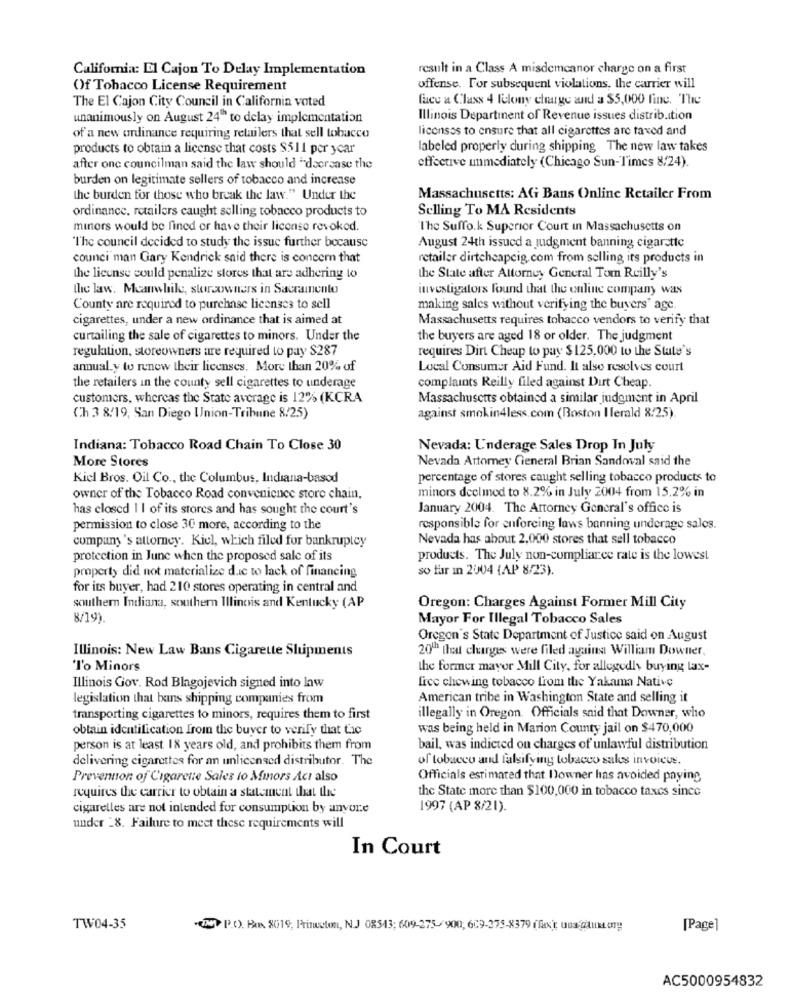
California: El Cajon To Delay Implementation
result in a Class A misdemeanor charge on a first
Of Tobacco License Requirement
offense. For subsequent violations, the carrier will
face a Class 4 felony charge and a $5,000 fine. The
The El Cajon City Council in California voted
unanimously on August 24 to delay implementation
Illinois Departinent of Revenue issues distrib.Ition
licenses to ensure that all cigarettes are taxed and
of a new ordinance requiring retailers that sell tobacco
products to obtain a license that costs $511 per year
labeled properly during shipping The new law takes
after one councilman said the law should "decrease the
effective unmediately (Chicago Sun-Times 8/24).
burden on legitimate sellers of tobacco and increase
the burden for those who break the law." Under the
Massachusetts: AG Bans Online Retailer From
ordinance, retailers caught selling tobacco products to
Selling To MA Residents
minors would be fined or have their license revoked.
The Suffo.k Superior Court in Massachusetts on
"The council decided to study the issue further because
August 24th issued a judgment banning cigarette
counci man Gary Kendrick said there is concern that
retailer dirtcheapcig.com from selling its products in
the license would penalize stores that are adhering to
the State after Attorney General Tom Reilly's
the law. Meanwhile, storeowners in Sacramento
investigators found that the online company was
County are required to purchase licenses to sell
making sales without verifying the buyers' age.
cigarettes, under a new ordinance that is aimed at
Massachusetts requires tobacco vendors to verify that
curtailing the sale of cigarettes to minors. Under the
the buyers are aged 18 or older. The judgment
regulation, storeowners are required to pay $287
requires Dirt Cheap to pay $ 125,000 to the State's
annual y to renew their licenses. More than 20% of
Local Consumer Aid Fund. It also resolves court
the retailers in the county sell cigarettes to underage
complaints Reilly filed against Dirt Cheap.
customers, whereas the State average is 12% (KCRA
Massachusetts obtained a similar judgment in April
Ch 3 8/19, San Diego Union-Tribune 8/25)
against smokin4less.com (Boston Herald 8/25)
Indiana: Tobacco Road Chain To Close 30
Nevada: Underage Sales Drop In July
More Stores
Nevada Attorney General Brian Sandoval said the
Kiel Bros. Oil Co ., the Columbus, Indiana-basod
percentage of stores caught selling tobacco products to
minors declined to 8.2% in July 2004 from 15.2% in
owner of the Tobacco Road convenience store chain,
has closed 1 | of its stores and has sought the court's
January 2004. The Attorney General's office is
permission to close 30 more, according to the
responsible for enforcing laws banning underage sales.
company's attorney. Kiel, which filed for bankruptcy
Nevada has about 2,000 stores that sell tobacco
protection in June when the proposed sale of its
products. The July non-compliance rate is the lowest
property did not materialize due to lack of financing
so far In 2004 (AP 8/23).
for its buyer, had 210 stores operating in central and
southern Indiana, southern Illinois and Kentucky (AP
Oregon: Charges Against Former Mill City
8/19)
Mayor For Illegal Tobacco Sales
Oregon's State Department of Justice said on August
20th that changes were filed against William Downer,
Illinois: New Law Bans Cigarette Shipments
l'o Minors
the former mayor Mill City, for allegedly buying lax-
fice chewing tobacco from the Yakama Native
Illinois Gov. Rod Blagojevich signed into law
legislation that bans shipping companies from
American tribe in Washington State and selling it
transporting cigarettes to minors, requires them to first
illegally in Oregon. Officials said that Downer, who
obtain identification Irom the buyer to verify that fic
was being held in Marion County jail on $470,000
person is at least 18 years old, and prohibits them from
bail, was indicted on charges of unlawful distribution
delivering cigarettes for an unlicensed distributor. The
of tobacco and falsifying tobacco saks invoices.
Prevention of Cigarette Sales to Minors Acı also
Officials estimated that Downer has avoided paying
the State more than $100,000 in tobacco taxes since
requires the carrier to obtain a statement that the
cigarelles are not intended for consumption by anvur.e
1997 (AP 8/21).
under 28. Failure to meet these requirements will
In Court
TW04-35
(NY P.O. Box. 2019, Princeton, N.J 08543; 609-275-900, 609-375-8379 (fx); una Giluxtorg
[Page]
AC5000954832